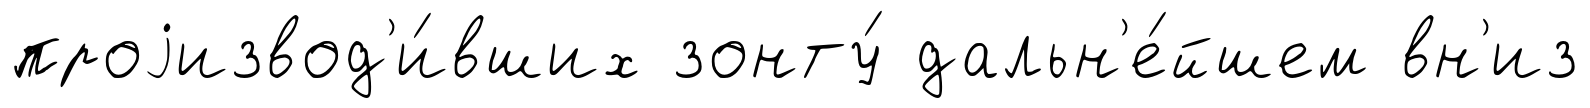
проjизвод'и́вших зонту́ дальн'е́йшем вн'из